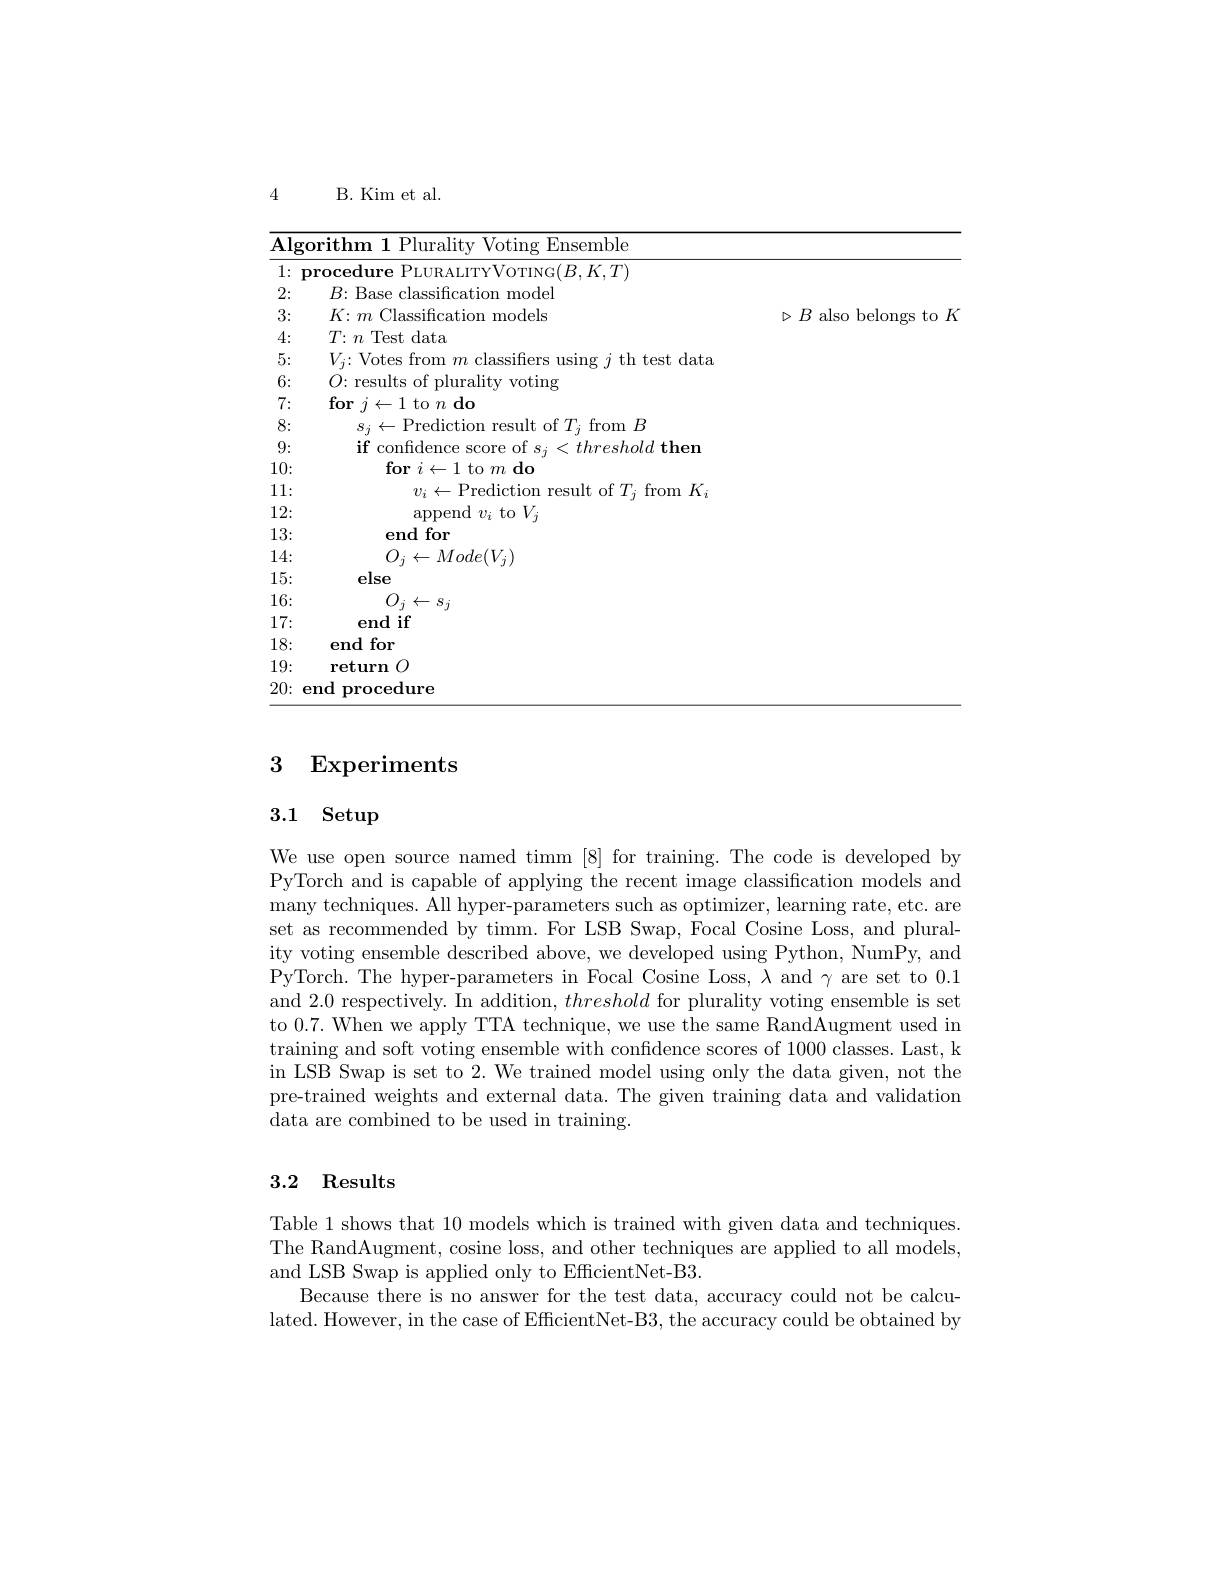
<table>
	<tbody>
		<tr>
			<td>$\overline{\mathrm{AI}_{\xi}}$</td>
			<td>Votine Fnsemble 'alitw</td>
			<td> </td>
		</tr>
		<tr>
			<td>1: - </td>
			<td>$K,T)$</td>
			<td> </td>
		</tr>
		<tr>
			<td>2:</td>
			<td>$R\cdot$ $R_{\mathrm{ase}}$ model</td>
			<td> </td>
		</tr>
		<tr>
			<td>3:</td>
			<td>$K:m$ $\iota$Classificatiom $\textbf{models}$</td>
			<td>$\triangleright B$ also belongs to $K$</td>
		</tr>
		<tr>
			<td>4:</td>
			<td>$T\colon n$ Test data</td>
			<td> </td>
		</tr>
		<tr>
			<td>5:</td>
			<td>trom sihe test data ${\mathbf{1.h}}$</td>
			<td> </td>
		</tr>
		<tr>
			<td>6:</td>
			<td>$O{:}$results of plurality voting</td>
			<td> </td>
		</tr>
		<tr>
			<td>7:</td>
			<td>$\textbf{for }j\leftarrow 1$ to $n\textbf{do}$</td>
			<td> </td>
		</tr>
		<tr>
			<td>8:</td>
			<td>-Predictior sult of $T_{i}$ $\therefore$ $\operatorname{from}B$</td>
			<td> </td>
		</tr>
		<tr>
			<td>9:</td>
			<td>if confidence $=\frac{1}{2}$ threshold then</td>
			<td> </td>
		</tr>
		<tr>
			<td>10: 1</td>
			<td>$\textbf{for }i\leftarrow 1$ to $m\textbf{do}$</td>
			<td> </td>
		</tr>
		<tr>
			<td>11:</td>
			<td>from $v_{i}$ $k$</td>
			<td> </td>
		</tr>
		<tr>
			<td>12: 1</td>
			<td>$v_{i}$ to $V_{i}$ annenc</td>
			<td> </td>
		</tr>
		<tr>
			<td>13: 1</td>
			<td>$\lfloor \textbf{for}$ end</td>
			<td> </td>
		</tr>
		<tr>
			<td>14: </td>
			<td>$O_{i}$ $Mode(V_{i})$ $\leftarrow$</td>
			<td> </td>
		</tr>
		<tr>
			<td>15: 1</td>
			<td>else</td>
			<td> </td>
		</tr>
		<tr>
			<td>16:</td>
			<td>$O_{i}$ . $\leftarrow s_{j}$</td>
			<td> </td>
		</tr>
		<tr>
			<td>17:</td>
			<td>end if</td>
			<td> </td>
		</tr>
		<tr>
			<td>18:</td>
			<td>end for</td>
			<td> </td>
		</tr>
		<tr>
			<td>19:</td>
			<td>return $O$</td>
			<td> </td>
		</tr>
		<tr>
			<td>20:</td>
			<td>end ${\mathrm{procedure}}$</td>
			<td> </td>
		</tr>
	</tbody>
</table>

## 3 Experiments

## 3.1 Setup

We use open source named timm [8] for training. The code is developed by PyTorch and is capable of applying the recent image classification models and many techniques. All hyper-parameters such as optimizer, learning rate, etc. are set as recommended by timm. For LSB Swap, Focal Cosine Loss, and plurality voting ensemble described above, we developed using Python, NumPy, and PyTorch. The hyper-parameters in Focal Cosine Loss, $\lambda$ and $\gamma$ are set to 0.1 and 2.0 respectively. In addition, threshold for plurality voting ensemble is set to 0.7. When we apply TTA technique, we use the same RandAugment used in training and soft voting ensemble with confidence scores of 1000 classes. Last, k in LSB Swap is set to 2. We trained model using only the data given, not the pre-trained weights and external data. The given training data and validation data are combined to be used in training.

## 3.2 Results

Table 1 shows that 10 models which is trained with given data and techniques. The RandAugment, cosine loss, and other techniques are applied to all models, and LSB Swap is applied only to EfficientNet-B3.
Because there is no answer for the test data, accuracy could not be calculated. However, in the case of EfficientNet-B3, the accuracy could be obtained by